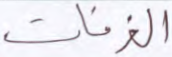
الغرفات